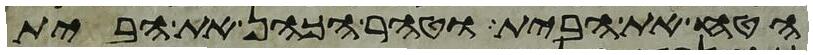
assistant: הטח את הבית וטהר הכהן את הבית